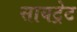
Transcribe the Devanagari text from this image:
सायट्रेट